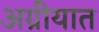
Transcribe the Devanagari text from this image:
अग्रीयात